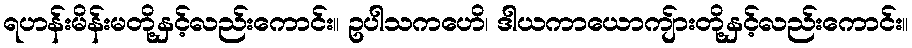
ရဟန်းမိန်းမတို့နှင့်လည်းကောင်း။ ဥပါသကဟေိ၊ ဒါယကာယောကျ်ားတို့နှင့်လည်းကောင်း။